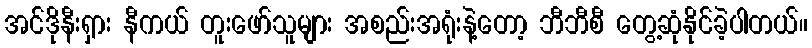
အင်ဒိုနီးရှား နီကယ် တူးဖော်သူများ အစည်းအရုံးနဲ့တော့ ဘီဘီစီ တွေ့ဆုံနိုင်ခဲ့ပါတယ်။